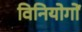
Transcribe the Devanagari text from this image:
विनियोगों